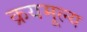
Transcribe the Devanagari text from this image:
क्रयमूल्य